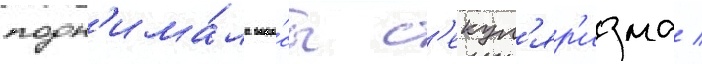
подн'има́ла вопро́сы с'екул'яр'изма /